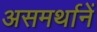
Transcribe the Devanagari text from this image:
असमर्थानें